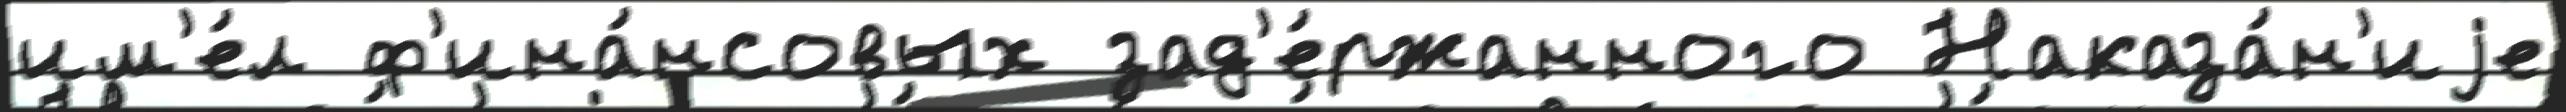
им'е́л ф'ина́нсовых зад'е́ржанного Наказа́н'иjе